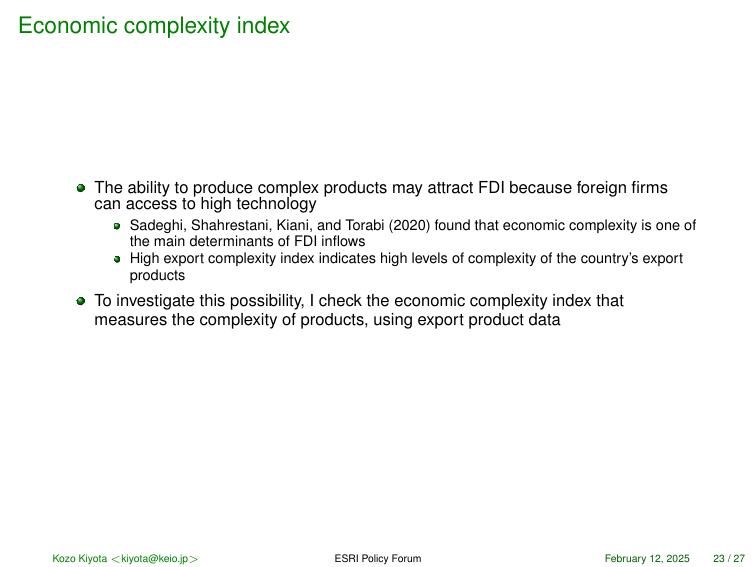
Economic complexity index

• The ability to produce complex products may attract FDI because foreign firms can access to high technology
   • Sadeghi, Shahrestani, Kiani, and Torabi (2020) found that economic complexity is one of the main determinants of FDI inflows
   • High export complexity index indicates high levels of complexity of the country’s export products
• To investigate this possibility, I check the economic complexity index that measures the complexity of products, using export product data

Kozo Kiyota <kiyota@keio.jp> ESRI Policy Forum February 12, 2025 23 / 27